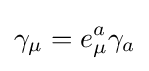
\gamma _{\mu }=e_{\mu }^{a}\gamma _{a}